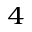
^ { 4 }